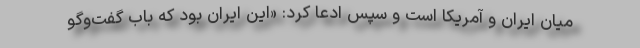
میان ایران و آمریکا است و سپس ادعا کرد: «این ایران بود که باب گفت‌و‌گو